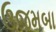
ઉજમબા